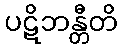
ပဋိဘန္တီတိ